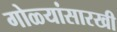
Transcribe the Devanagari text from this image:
गोळ्यांसारखी